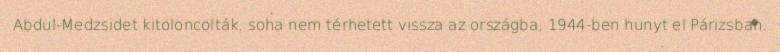
Abdul-Medzsidet kitoloncolták, soha nem térhetett vissza az országba, 1944-ben hunyt el Párizsban.